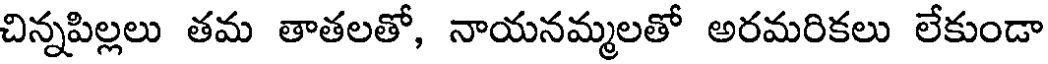
చిన్నపిల్లలు తమ తాతలతో, నాయనమ్మలతో అరమరికలు లేకుండా